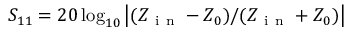
S _ { 1 1 } = 2 0 \log _ { 1 0 } \left| ( Z _ { \mathrm { ~ i ~ n ~ } } - Z _ { 0 } ) / ( Z _ { \mathrm { ~ i ~ n ~ } } + Z _ { 0 } ) \right|